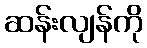
ဆန်းလျန်ကို